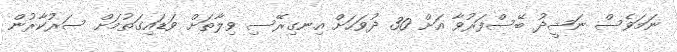
ނަމަވެސް ނަޝީދު ބޭސްފަރުވާ އަށް 30 ދުވަހަށް އިނގިރޭސި ވިލާތަށް ވަޑައިގަތުމަށް ސަރުކާރުން